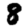
Digit: 8